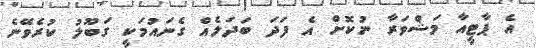
އެ ޕާޓީއާ މަޝްވަރާ ނުކޮށް އެ ފަދަ ބަދަލެއް ގެނައުމަކީ ގަބޫލު ކުރެވޭނެ